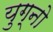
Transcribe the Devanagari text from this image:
युग्नो